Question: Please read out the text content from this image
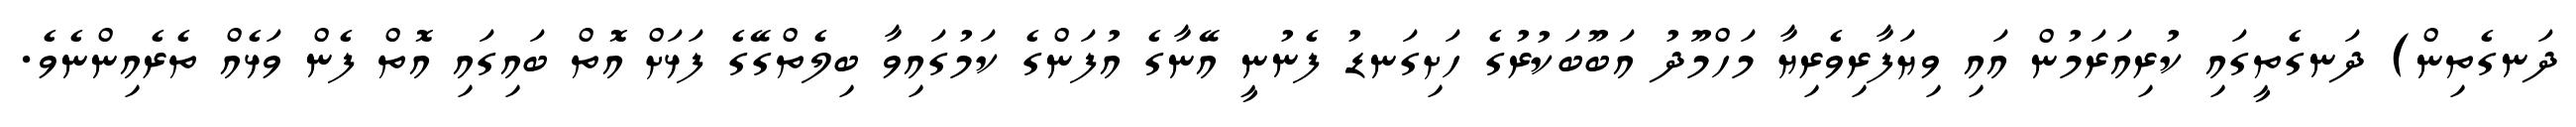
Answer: ދަނގެތިން) ދަނގެތީގައި ކުރިއަރަމުން އައި ވިޔަފާރިވެރިޔާ މަހްމޫދު އަބޫބަކުރުގެ ހަށިގަނޑު ފެނުނީ އޭނާގެ އުފަންގެ ކަމުގައިވާ ބިލެތްގޭގެ ފަޅަށް އޮތް ބައިގައި އޮތް ފެން ވަޅެއް ތެރެއިންނެވެ.